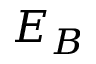
E _ { B }